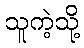
သူကဲ့သို့